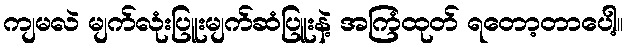
ကျမလဲ မျက်လုံးပြူးမျက်ဆံပြူးနဲ့ အကြံထုတ် ရတော့တာပေါ့။